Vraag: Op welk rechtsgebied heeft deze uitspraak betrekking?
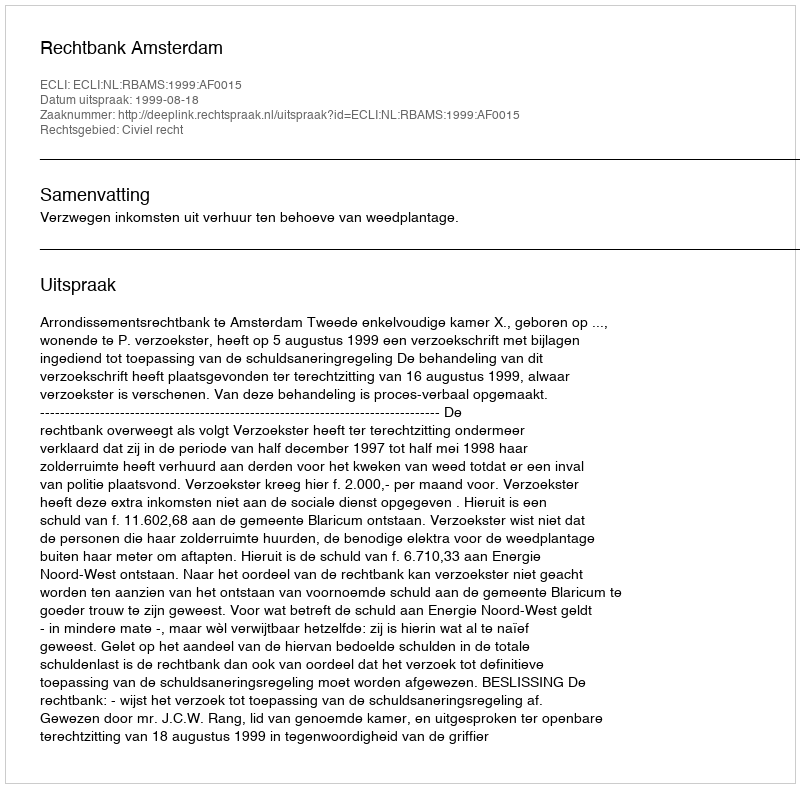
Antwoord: Civiel recht